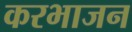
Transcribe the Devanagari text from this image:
करभाजन